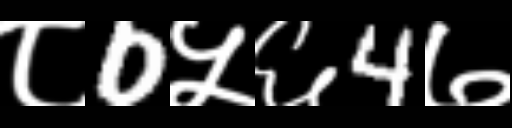
Text: ८0५६4७